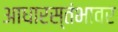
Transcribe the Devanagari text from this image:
आधारस्तंभावर